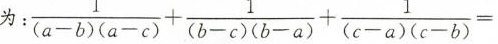
为：$$\frac { 1 } { ( a - b ) ( a - c ) } + \frac { 1 } { ( b - c ) ( b - a ) } + \frac { 1 } { ( c - a ) ( c - b ) } =